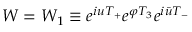
W = W _ { 1 } \equiv e ^ { i u T _ { + } } e ^ { \varphi T _ { 3 } } e ^ { i \bar { u } T _ { - } }